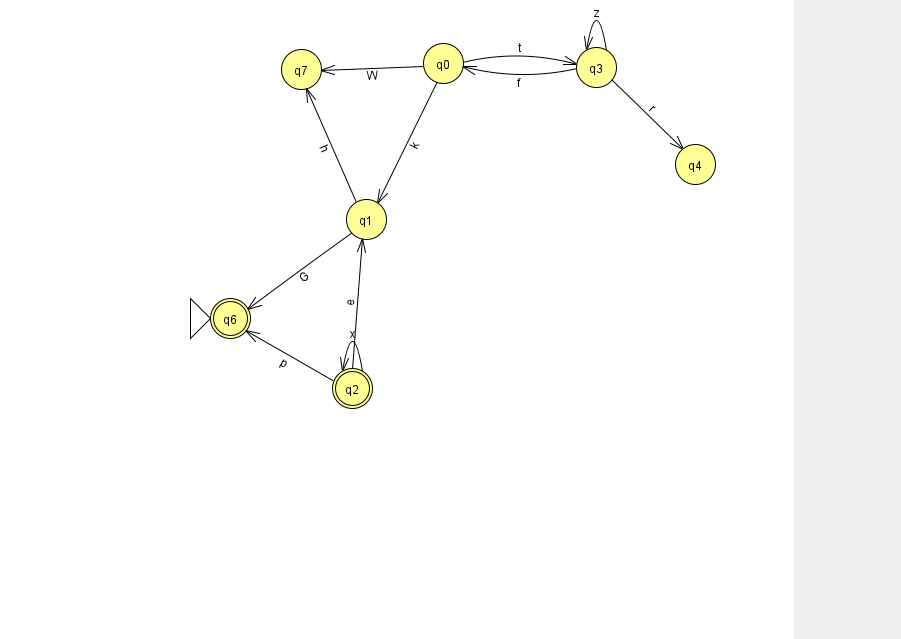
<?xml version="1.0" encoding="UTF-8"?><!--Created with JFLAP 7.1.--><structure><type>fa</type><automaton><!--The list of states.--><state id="0" name="q0"><x>443.0</x><y>50.0</y></state><state id="1" name="q1"><x>366.0</x><y>206.0</y></state><state id="2" name="q2"><x>352.0</x><y>375.0</y><final/></state><state id="3" name="q3"><x>596.0</x><y>54.0</y></state><state id="4" name="q4"><x>695.0</x><y>151.0</y></state><state id="6" name="q6"><x>230.0</x><y>305.0</y><initial/><final/></state><state id="7" name="q7"><x>301.0</x><y>56.0</y></state><!--The list of transitions.--><transition><from>0</from><to>3</to><read>t</read></transition><transition><from>2</from><to>6</to><read>p</read></transition><transition><from>3</from><to>0</to><read>f</read></transition><transition><from>1</from><to>7</to><read>h</read></transition><transition><from>2</from><to>2</to><read>x</read></transition><transition><from>3</from><to>3</to><read>z</read></transition><transition><from>3</from><to>4</to><read>r</read></transition><transition><from>0</from><to>1</to><read>k</read></transition><transition><from>0</from><to>7</to><read>W</read></transition><transition><from>1</from><to>6</to><read>G</read></transition><transition><from>2</from><to>1</to><read>e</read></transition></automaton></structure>